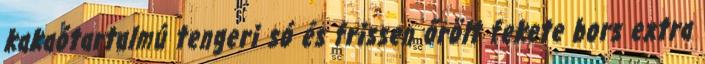
kakaótartalmú tengeri só és frissen őrölt fekete bors extra